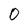
Character: 0